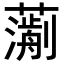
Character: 𧁄